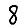
Digit: 8